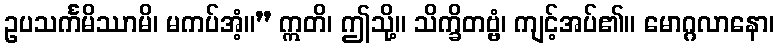
ဥပသင်္ကမိဿာမိ၊ မကပ်အံ့။” ဣတိ၊ ဤသို့။ သိက္ခိတဗ္ဗံ၊ ကျင့်အပ်၏။ မောဂ္ဂလာနော၊